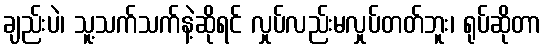
ချည်းပဲ၊ သူ့သက်သက်နဲ့ဆိုရင် လှုပ်လည်းမလှုပ်တတ်ဘူး၊ ရုပ်ဆိုတာ